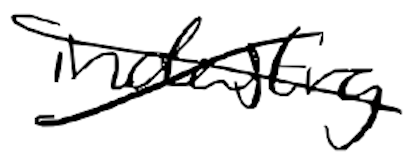
Text: industry
Cross-out: cross
Writing tool: digital_black